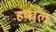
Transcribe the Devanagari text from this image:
ह्याल